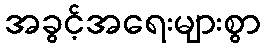
အခွင့်အရေးများစွာ